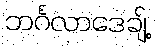
ဘင်္ဂလာဒေချ့်